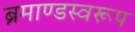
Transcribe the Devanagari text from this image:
ब्रमाण्डस्वरूप